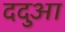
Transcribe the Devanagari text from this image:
ददुआ